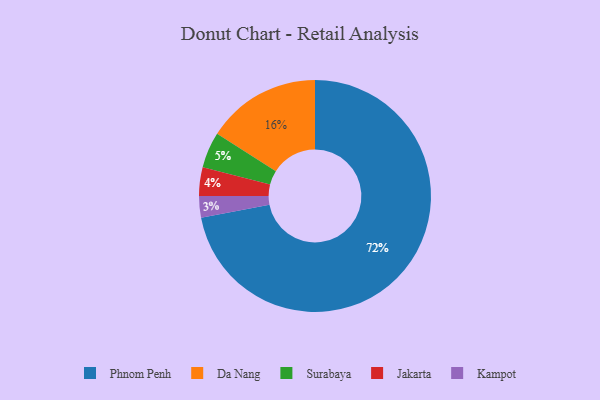
{"axis": {"x": "Category", "y": "Percentage"}, "legend": ["Da Nang", "Jakarta", "Kampot", "Phnom Penh", "Surabaya"], "data": [{"x": "Surabaya", "y": 5, "type": "Surabaya"}, {"x": "Kampot", "y": 3, "type": "Kampot"}, {"x": "Jakarta", "y": 4, "type": "Jakarta"}, {"x": "Phnom Penh", "y": 72, "type": "Phnom Penh"}, {"x": "Da Nang", "y": 16, "type": "Da Nang"}]}